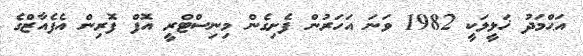
އަޙްމަދު ޚަލީލަކީ 1982 ވަނަ އަހަރުން ފެށިގެން މިނިސްޓްރީ އޮފް ފޮރިން އެފެއާޒްގެ